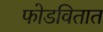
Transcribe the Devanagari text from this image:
फोडवितात